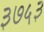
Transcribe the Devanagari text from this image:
३७५३